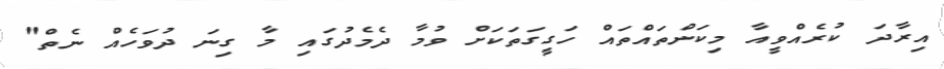
އިރާދަ ކުރެއްވީއާ މިކަންތައްތައް ހަގީގަތަކަށް ވުމާ ދެމެދުގައި މާ ގިނަ ދުވަހެއް ނެތް"